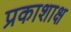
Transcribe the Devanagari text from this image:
प्रकाशाक्ष